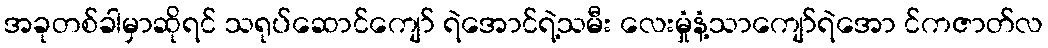
အခုတစ်ခါမှာဆိုရင် သရုပ်ဆောင်ကျော် ရဲအောင်ရဲ့သမီး လေးမှုံနံ့သာကျော်ရဲအော င်ကဇာတ်လ